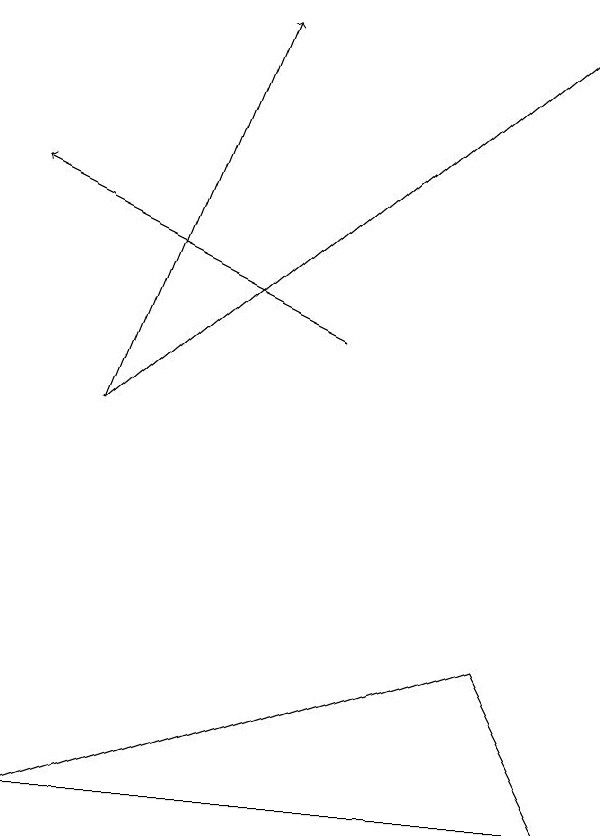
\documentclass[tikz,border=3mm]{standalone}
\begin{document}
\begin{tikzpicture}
\draw[->] (1,12) -- (3,17);
\draw[->] (1,12) -- (7,17);
\draw[->] (4,13) -- (0,15);
\draw (6,9) -- (7,7) -- (0,7) -- cycle;
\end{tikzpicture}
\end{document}